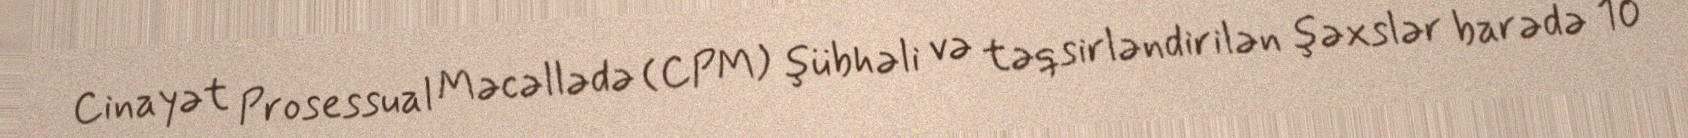
Cinayət Prosessual Məcəllədə (CPM) şübhəli və təqsirləndirilən şəxslər barədə 10